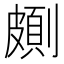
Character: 𠠉